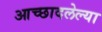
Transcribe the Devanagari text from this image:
आच्छादलेल्या